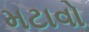
મટાવો